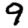
Digit: 9